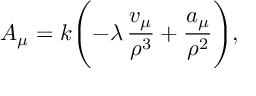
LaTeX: A _ { \mu } = k \Biggl ( - \lambda \, \frac { v _ { \mu } } { \rho ^ { 3 } } + \frac { a _ { \mu } } { \rho ^ { 2 } } \Biggr ) ,